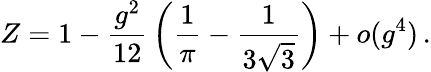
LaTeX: Z=1-\frac{g^{2}}{12}\, \left(\frac{1}{\pi}-\frac{1}{3\sqrt{3}}\right)+o(g^{4})\, .